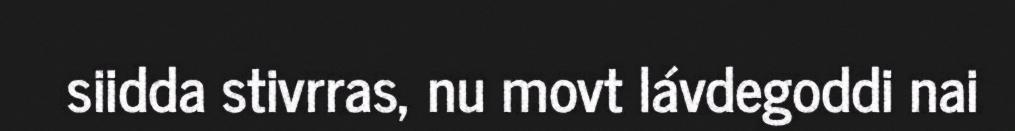
siidda stivrras, nu movt lávdegoddi nai